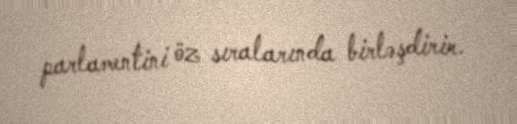
parlamentini öz sıralarında birləşdirir.